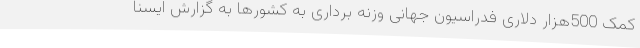
کمک 500هزار دلاری فدراسیون جهانی وزنه برداری به کشورها به گزارش ایسنا